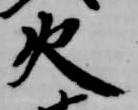
火